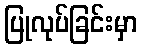
ပြုလုပ်ခြင်းမှာ